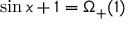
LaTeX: \sin x + 1 = \Omega _ { + } ( 1 )